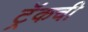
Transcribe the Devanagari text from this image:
ट्रॅकची